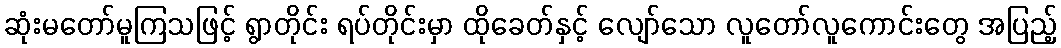
ဆုံးမတော်မူကြသဖြင့် ရွာတိုင်း ရပ်တိုင်းမှာ ထိုခေတ်နှင့် လျော်သော လူတော်လူကောင်းတွေ အပြည့်